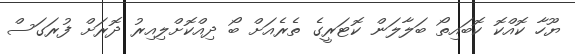
ޔޫހާ ކޮއްކޮ ކޮބައިތޯ ބަލާލަން ކޮޓަރީގެ ތެރެއަށް ބޯ ދިއްކޮށްލިއިރު ދޮރަށް ފުރަގަސް